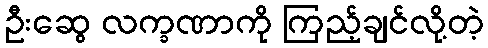
ဦးဆွေ လက္ခဏာကို ကြည့်ချင်လို့တဲ့